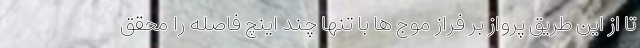
تا از این طریق پرواز بر فراز موج ها با تنها چند اینچ فاصله را محقق